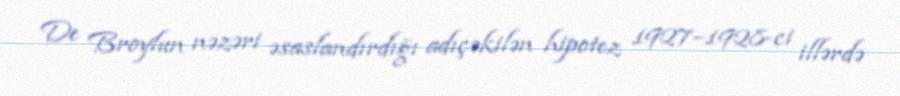
De Broylun nəzəri əsaslandırdığı adıçəkilən hipotez 1927–1928-ci illərdə